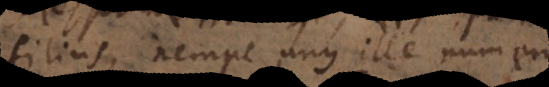
filius, nempe unus ille numero